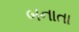
બનાતા